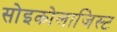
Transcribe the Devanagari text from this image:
सोइकोलाजिस्ट